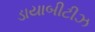
ડાયાબીટીઝ